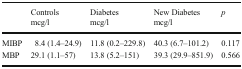
|  | Controlsmcg/l | Diabetes mcg/l | New Diabetes mcg/l | p |
 | --- | --- | --- | --- | --- |
 | MIBP | 8.4 (1.4–24.9) | 11.8 (0.2–229.8) | 40.3 (6.7–101.2) | 0.117 |
 | MBP | 29.1 (1.1–57) | 13.8 (5.2–151) | 39.3 (29.9–851.9) | 0.566 |